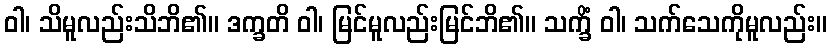
ဝါ၊ သိမူလည်းသိဘိ၏။ ဒက္ခတိ ဝါ၊ မြင်မူလည်းမြင်ဘိ၏။ သက္ခိံ ဝါ၊ သက်သေကိုမူလည်း။